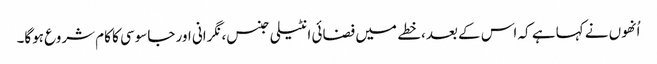
اُنھوں نے کہا ہے کہ اس کے بعد، خطے میں فضائی انٹیلی جنس، نگرانی اور جاسوسی کا کام شروع ہوگا۔